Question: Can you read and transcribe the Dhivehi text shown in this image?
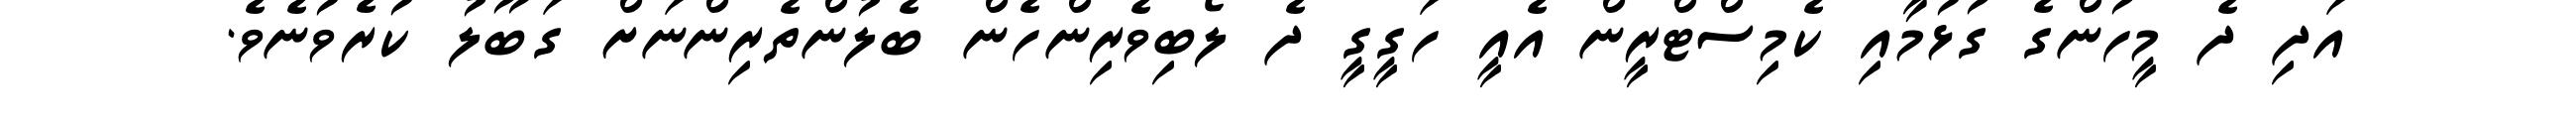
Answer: އަދި ދެ މީހުންގެ ގުޅުމާއި ކެމިސްޓްރީން އެއީ ހަގީގީ ދެ ލޯބިވެރިންހެން ބެލުންތެރިންނަށް ގަބޫލު ކުރެވުނެވެ.